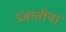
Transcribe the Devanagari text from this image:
प्रजातीयां